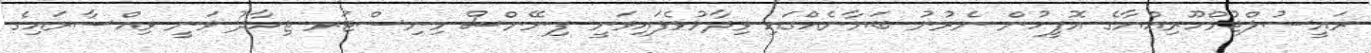
ރައީސުލްޖުމްހޫރިއްޔާގެ އޮފީހުން ނެރުނު ބަޔާނެއްގައި ވިދާޅުވެފައިވަނީ ފިނޭންސް މިނިސްޓަރ ޖިހާދު ވަނީ ވިއްސާރައިގެ